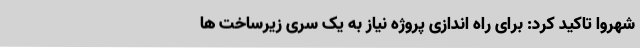
شهروا تاکید کرد: برای راه اندازی پروژه نیاز به یک سری زیرساخت ها